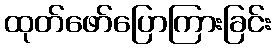
ထုတ်ဖော်ပြောကြားခြင်း